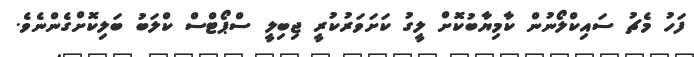
ފަހު މެޗު ސައިކްލޯނުން ކާމިޔާބުކޮށް ލީގު ކަށަވަރުކުރީ ޖިބިލީ ސްޕޯޓްސް ކްލަބު ބަލިކޮށްގެންނެވެ.